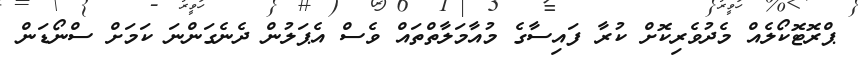
ޕްރޮޓޮކޯލެއް މެދުވެރިކޮށް ކުރާ ފައިސާގެ މުއާމަލާތްތައް ވެސް އެޕަލުން ދެނެގަންނަ ކަމަށް ސްނޯޑަން